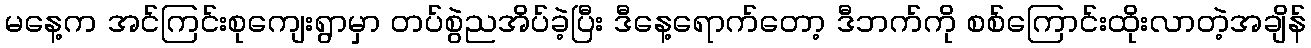
မနေ့က အင်ကြင်းစုကျေးရွာမှာ တပ်စွဲညအိပ်ခဲ့ပြီး ဒီနေ့ရောက်တော့ ဒီဘက်ကို စစ်ကြောင်းထိုးလာတဲ့အချိန်